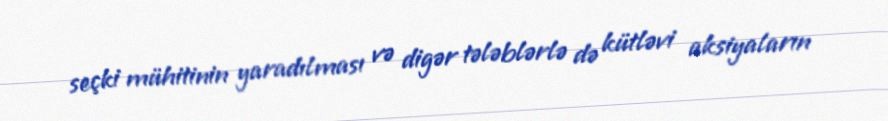
seçki mühitinin yaradılması və digər tələblərlə də kütləvi aksiyaların